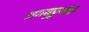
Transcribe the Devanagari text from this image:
अमसुङ्कर्णगी